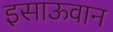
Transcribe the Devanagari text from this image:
इसाऊवान